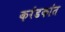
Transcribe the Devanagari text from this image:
करंडकांत